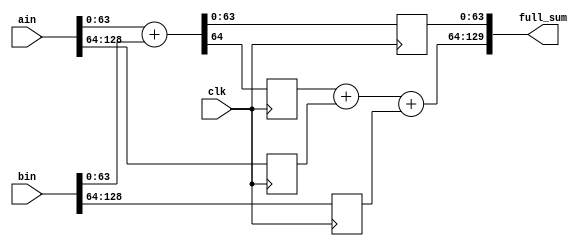
/*
*   Name        :1 stage,129bits classic pipelined adder
*   Description :
*   Orirgin     :20200813
*   Timing      :
*/
module simple_p1adder129
(
    input   wire            clk,
    input   wire [128:0]    ain ,
    input   wire [128:0]    bin ,
    output  wire [129:0]    full_sum 
);
    reg  [63:0]s_l;
    reg  [64:0]a_h,b_h;
    reg  c_l;
    wire [65:0]s_h;
    assign s_h = c_l+a_h+b_h;
    always@(posedge clk)begin
        {c_l,s_l}   <=  ain[63 : 0]+bin[63 : 0];
        {a_h,b_h}   <= {ain[128:64],bin[128:64]};
    end
    assign full_sum={s_h,s_l};
        
endmodule